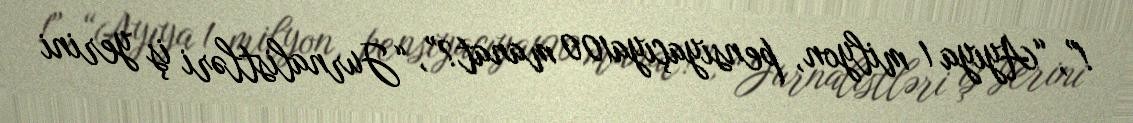
!”, “Ayıya 1 milyon, pensiyaçıya100 manat?”, “Jurnalistləri iş yerini